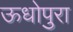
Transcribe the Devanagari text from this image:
ऊधोपुरा